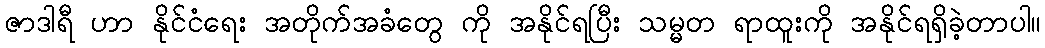
ဇာဒါရီ ဟာ နိုင်ငံရေး အတိုက်အခံတွေ ကို အနိုင်ရပြီး သမ္မတ ရာထူးကို အနိုင်ရရှိခဲ့တာပါ။